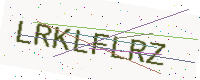
Text: LRKLFLRZ